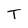
Character: T